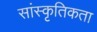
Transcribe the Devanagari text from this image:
सांस्कृतिकता